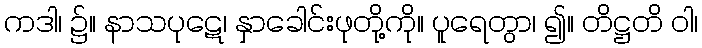
ကဒါ၊ ၌။ နာသပုဋေ၊ နှာခေါင်းဖုတို့ကို။ ပူရေတွာ၊ ၍။ တိဋ္ဌတိ ဝါ၊